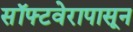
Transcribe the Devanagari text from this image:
सॉफ्टवेरापासून